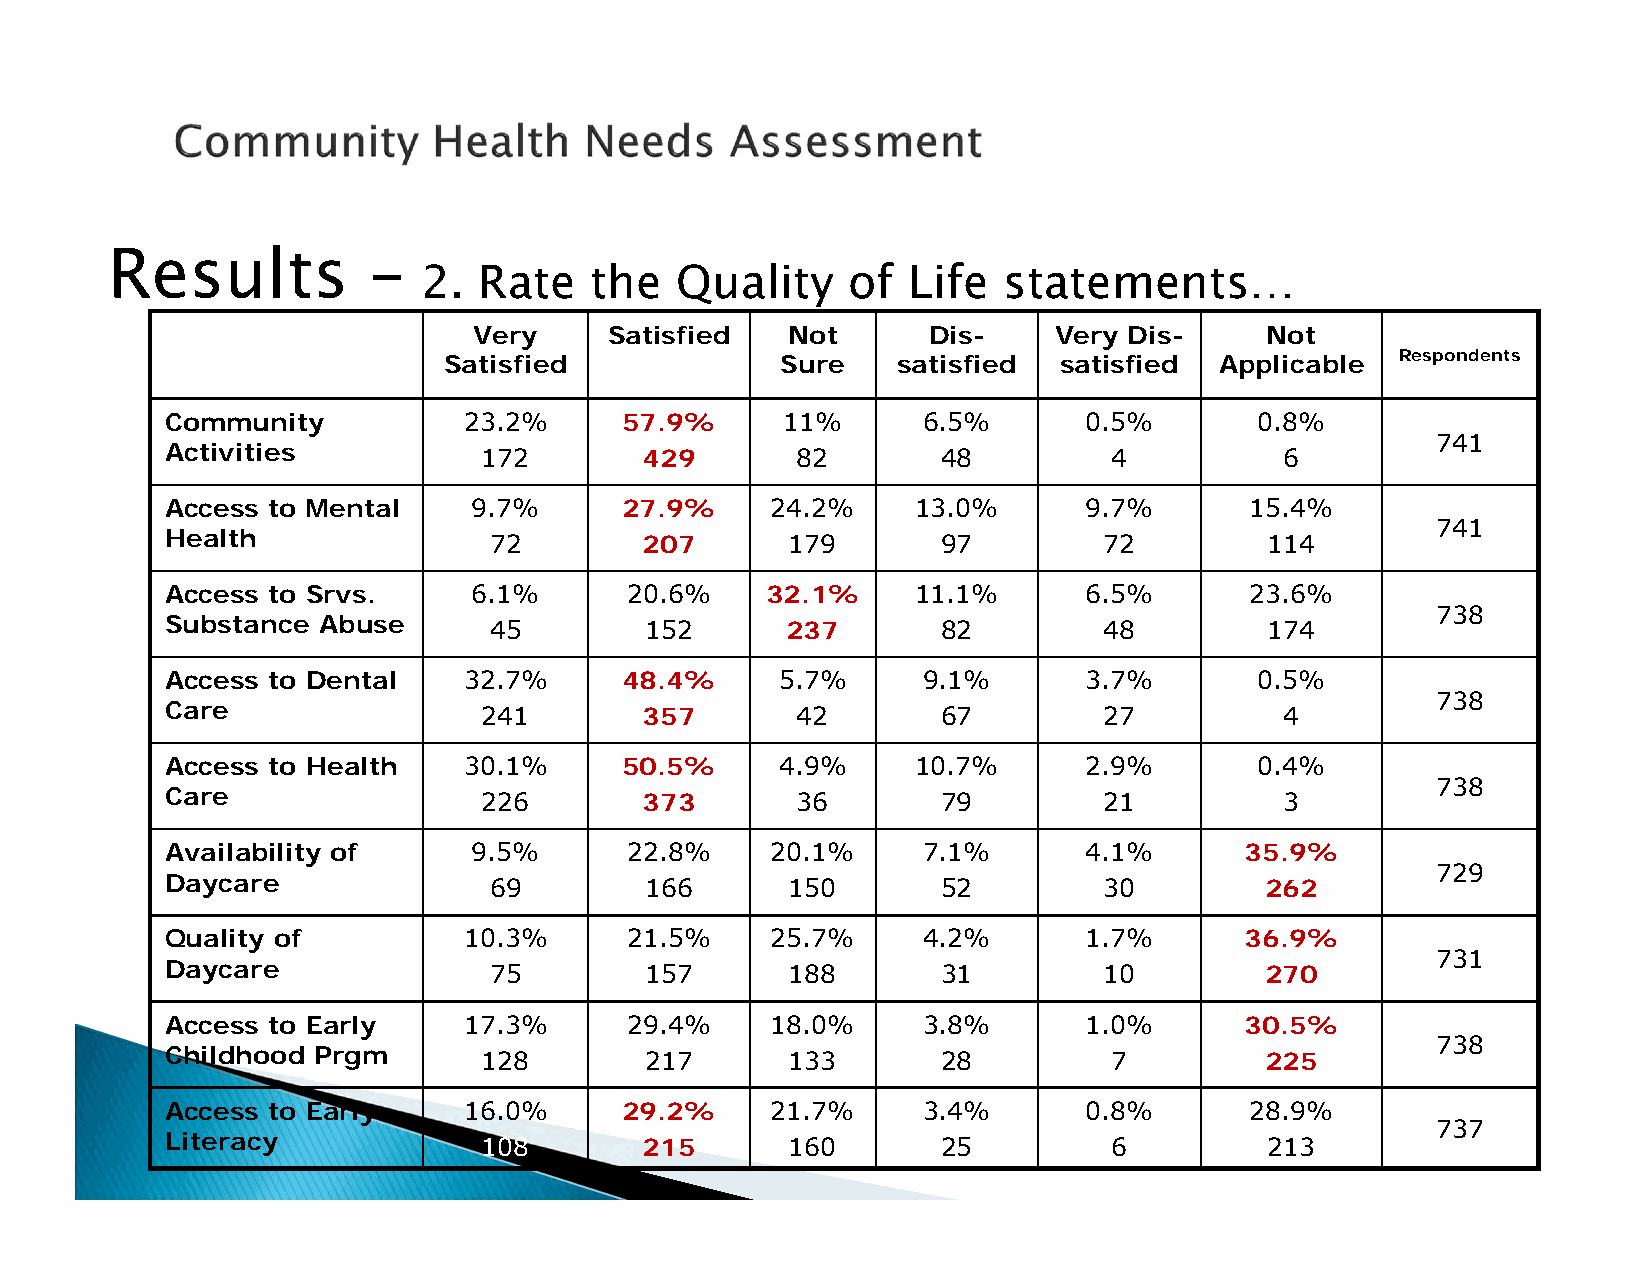
Results          –
 2.  Rate   the   Quality    of  Life  statements…
 Very     Satisfied   Not      Dis-     Very Dis-     Not
 Satisfied              Sure   satisfied  satisfied  Applicable  Respondents
 Community           23.2%     57.9%      11%      6.5%       0.5%       0.8%
 741
 Activities
 172        429       82       48          4          6
 Access to Mental    9.7%      27.9%     24.2%     13.0%      9.7%       15.4%
 741
 Health
 72         207      179       97         72         114
 Access to Srvs.     6.1%      20.6%     32.1%     11.1%      6.5%       23.6%
 738
 Substance Abuse      45         152      237       82         48         174
 Access to Dental    32.7%     48.4%      5.7%     9.1%       3.7%       0.5%
 738
 Care                 241        357       42       67         27          4
 Access to Health    30.1%     50.5%      4.9%     10.7%      2.9%       0.4%
 738
 Care                 226        373       36       79         21          3
 Availability of     9.5%      22.8%     20.1%     7.1%       4.1%      35.9%
 729
 Daycare              69         166      150       52         30         262
 Quality of          10.3%     21.5%     25.7%     4.2%       1.7%      36.9%
 731
 Daycare              75         157      188       31         10         270
 Access to Early     17.3%     29.4%     18.0%     3.8%       1.0%      30.5%
 738
 Childhood Prgm       128        217      133       28          7         225
 Access to Early     16.0%     29.2%     21.7%     3.4%       0.8%       28.9%
 737
 Literacy             108        215      160       25          6         213